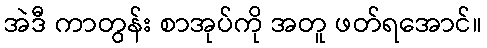
အဲဒီ ကာတွန်း စာအုပ်ကို အတူ ဖတ်ရအောင်။